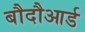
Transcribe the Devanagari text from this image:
बौदौआर्ड